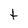
Character: t